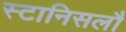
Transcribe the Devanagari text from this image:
स्टानिसलौ